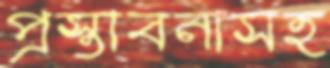
প্রস্তাবনাসহ